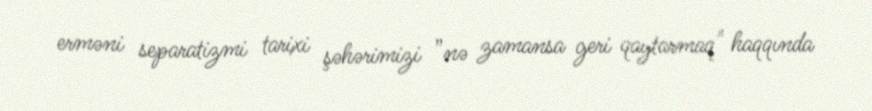
erməni separatizmi tarixi şəhərimizi ”nə zamansa geri qaytarmaq" haqqında